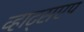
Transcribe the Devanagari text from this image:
व्हाट्सएप